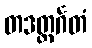
တဒတ္ထင်္ဂတံ